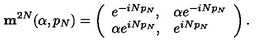
{ \mathbf m } ^ { 2 N } ( \alpha , p _ { N } ) = \left( \begin{array} { l l } { e ^ { - i N p _ { N } } , } & { \alpha e ^ { - i N p _ { N } } } \\ { \alpha e ^ { i N p _ { N } } , } & { e ^ { i N p _ { N } } } \\ \end{array} \right) .